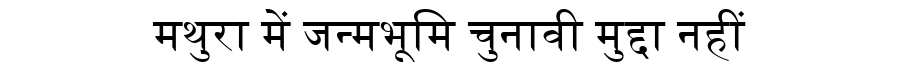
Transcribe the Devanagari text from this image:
मथुरा में जन्मभूमि चुनावी मुद्दा नहीं